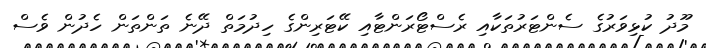
މޫދު ކުޅިވަރުގެ ސެންޓަރުތަކާއި ރެސްޓޯރަންޓާއި ކޭޓަރިންގެ ހިދުމަތް ދޭނެ ތަންތަން ހެދުން ވެސް